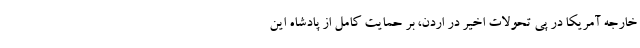
خارجه آمریکا در پی تحولات اخیر در اردن، بر حمایت کامل از پادشاه این